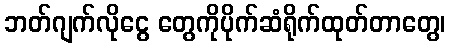
ဘတ်ဂျက်လိုငွေ တွေကိုပိုက်ဆံရိုက်ထုတ်တာတွေ၊